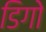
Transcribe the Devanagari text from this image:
डिगो